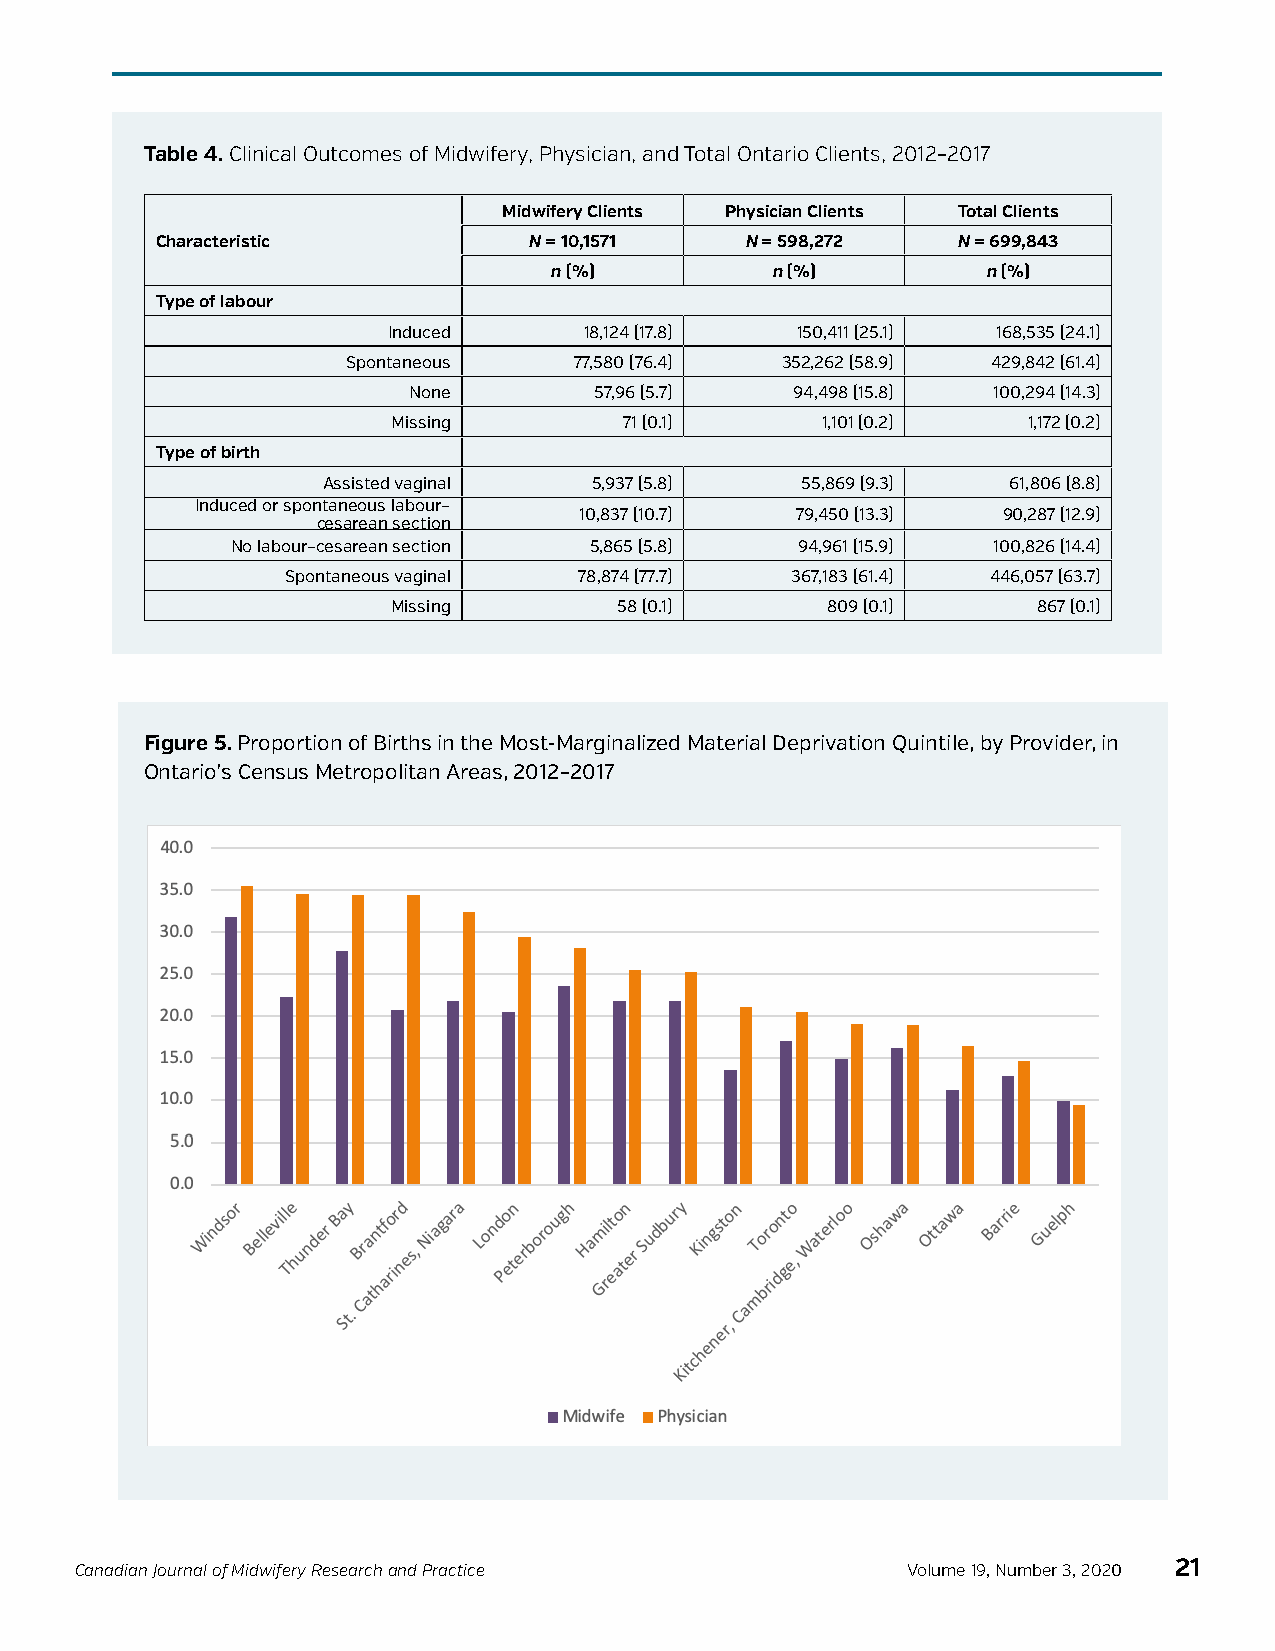
Table 4. Clinical Outcomes of Midwifery, Physician, and Total Ontario Clients, 2012–2017
 Midwifery Clients Physician Clients Total Clients
 Characteristic           N = 10,1571   N = 598,272   N = 699,843
 n (%)          n (%)         n (%)
 Type of labour
 Induced      18,124 (17.8) 150,411 (25.1) 168,535 (24.1)
 Spontaneous    77,580 (76.4) 352,262 (58.9) 429,842 (61.4)
 None        57,96 (5.7)   94,498 (15.8) 100,294 (14.3)
 Missing        71 (0.1)     1,101 (0.2)   1,172 (0.2)
 Type of birth
 Assisted vaginal  5,937 (5.8)   55,869 (9.3)  61,806 (8.8)
 Induced or spontaneous labour–
 10,837 (10.7)  79,450 (13.3) 90,287 (12.9)
 cesarean section
 No labour–cesarean section 5,865 (5.8) 94,961 (15.9) 100,826 (14.4)
 Spontaneous vaginal 78,874 (77.7) 367,183 (61.4) 446,057 (63.7)
 Missing        58 (0.1)      809 (0.1)     867 (0.1)
 Figure 5. Proportion of Births in the Most-Marginalized Material Deprivation Quintile, by Provider, in
 Ontario’s Census Metropolitan Areas, 2012–2017
 Canadian Journal of Midwifery Research and Practice    Volume 19, Number 3, 2020 21